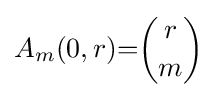
A_{m}(0,r){=}{\binom {r}{m}}